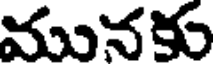
మునకు